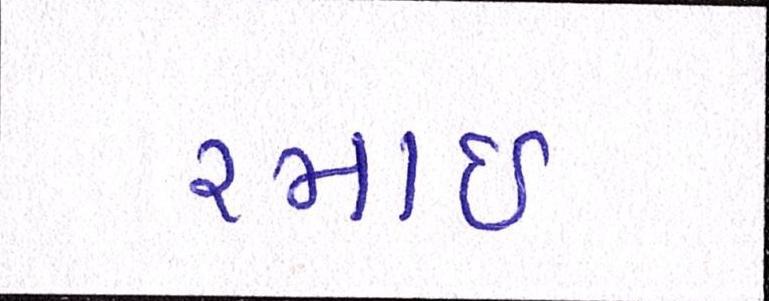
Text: રમાઈ